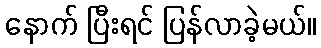
နောက် ပြီးရင် ပြန်လာခဲ့မယ်။